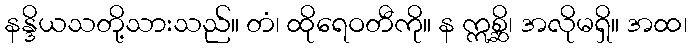
နန္ဒိယသတို့သားသည်။ တံ၊ ထိုရေဝတီကို။ န ဣစ္ဆိ၊ အလိုမရှိ။ အထ၊